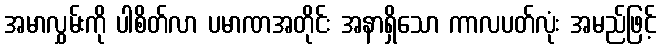
အမာလွှမ်းကို ပါစိတ်လာ ပမာဏအတိုင်း အနာရှိသော ကာလပတ်လုံး အမည်ဖြင့်